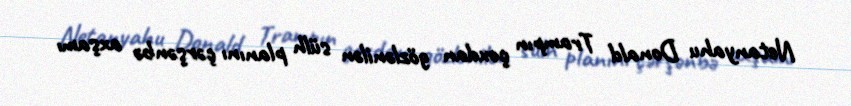
Netanyahu Donald Trampın çoxdan gözlənilən sülh planını çərşənbə axşamı